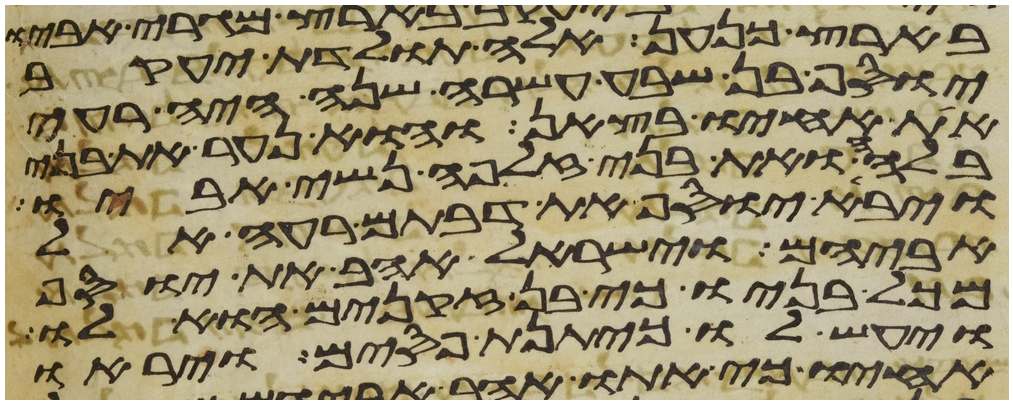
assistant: בארץ כנען אלה תולדת יעקב
יוסף בן שבע עשרה שנה היה רעה
את אחיו בצאן והוא נער את בני
בלהה ואת בני זלפה נשי אביו
ויבא יוסף את דבתם רעה אל
אביהם וישראל אהב את יוסף
מכל בניו כי בן זקנים הוא לו
ויעש לו כיתנת פסים ויראו